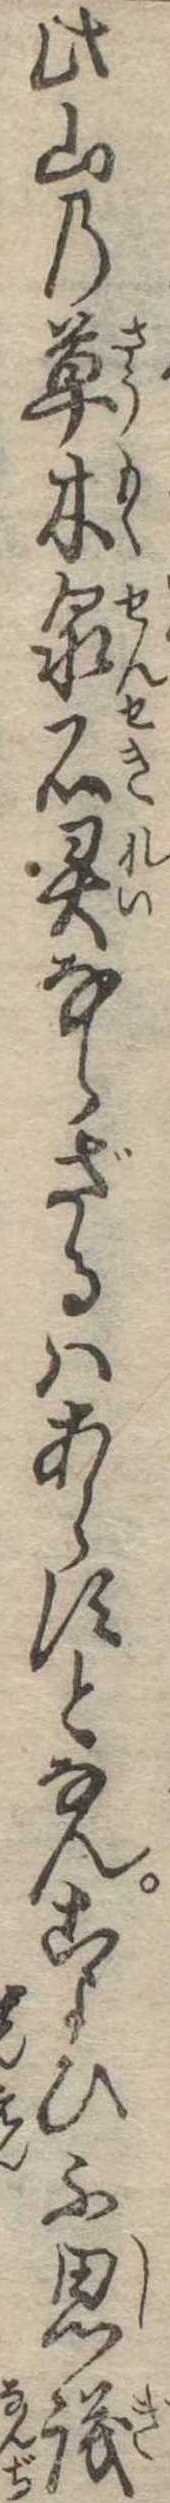
此山の草木泉石霊ならざるはあらずとなんこよひ不思議